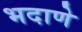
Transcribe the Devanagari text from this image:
भदाणे